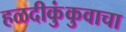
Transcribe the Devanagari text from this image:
हळदीकुंकुवाचा